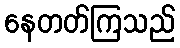
နေတတ်ကြသည်